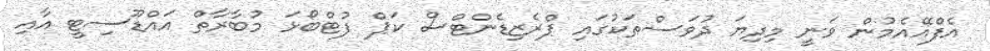
އެފްއޭއެމުން ވަނީ މިދިޔަ ދުވަސްތަކުގައި ޕްރެޒިޑެންޓްސް ކަޕް ފުޓްބޯޅަ މުބާރާތް އައްޑޫސިޓީ އާއި